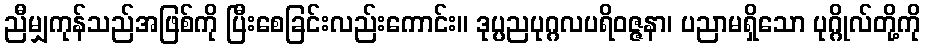
ညီမျှကုန်သည်အဖြစ်ကို ပြီးစေခြင်းလည်းကောင်း။ ဒုပ္ပညပုဂ္ဂလပရိဝဇ္ဇနာ၊ ပညာမရှိသော ပုဂ္ဂိုလ်တို့ကို